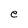
Character: e